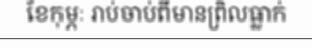
ខែកុម្ភៈ រាប់ចាប់ពីមានព្រិលធ្លាក់